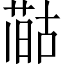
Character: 𪡻